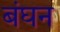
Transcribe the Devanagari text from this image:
बंघन